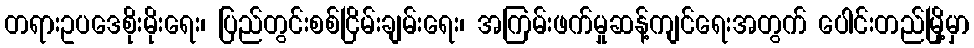
တရားဥပဒေစိုးမိုးရေး၊ ပြည်တွင်းစစ်ငြိမ်းချမ်းရေး၊ အကြမ်းဖက်မှုဆန့်ကျင်ရေးအတွက် ပေါင်းတည်မြို့မှာ